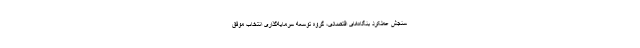
سنجش عملکرد بنگاه‌های اقتصادی، گروه توسعه سرمایه‌گذاری انتخاب موفق